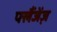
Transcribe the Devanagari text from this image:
फ्लैंजेंज़